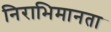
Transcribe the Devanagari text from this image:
निराभिमानता